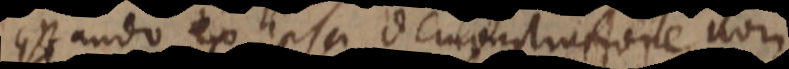
quando ex ipsa demonstratione, non